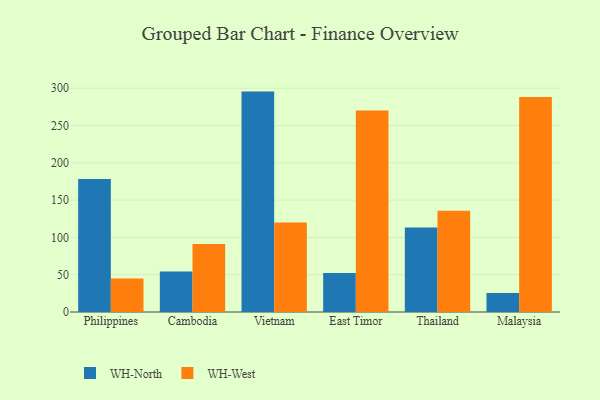
{"axis": {"x": "Country", "y": "Page Views"}, "legend": ["WH-North", "WH-West"], "data": [{"x": "Philippines", "y": 178.2, "type": "WH-North"}, {"x": "Philippines", "y": 45.0, "type": "WH-West"}, {"x": "Cambodia", "y": 54.4, "type": "WH-North"}, {"x": "Cambodia", "y": 91.1, "type": "WH-West"}, {"x": "Vietnam", "y": 295.5, "type": "WH-North"}, {"x": "Vietnam", "y": 120.1, "type": "WH-West"}, {"x": "East Timor", "y": 52.4, "type": "WH-North"}, {"x": "East Timor", "y": 270.1, "type": "WH-West"}, {"x": "Thailand", "y": 113.3, "type": "WH-North"}, {"x": "Thailand", "y": 135.6, "type": "WH-West"}, {"x": "Malaysia", "y": 25.5, "type": "WH-North"}, {"x": "Malaysia", "y": 288.1, "type": "WH-West"}]}